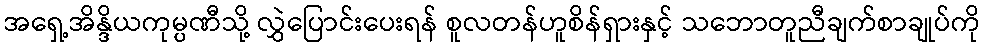
အရှေ့အိန္ဒိယကုမ္ပဏီသို့ လွှဲပြောင်းပေးရန် စူလတန်ဟူစိန်ရှားနှင့် သဘောတူညီချက်စာချုပ်ကို